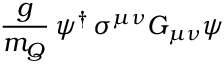
{ \frac { g } { m _ { Q } } } \, \psi ^ { \dagger } \, \sigma ^ { \mu \nu } G _ { \mu \nu } \psi